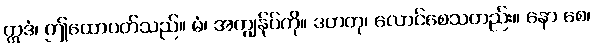
ဣဒံ၊ ဤထောပတ်သည်။ မံ၊ အကျွန်ုပ်ကို။ ဒဟတု၊ လောင်စေသတည်း။ နော စေ၊